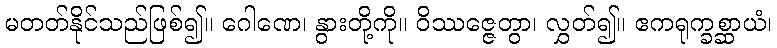
မတတ်နိုင်သည်ဖြစ်၍။ ဂေါဏေ၊ နွားတို့ကို။ ဝိဿဇ္ဇေတွာ၊ လွှတ်၍။ ဧကရုက္ခစ္ဆာယံ၊